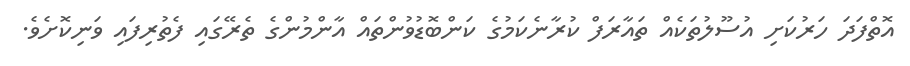
އޮތްފަދަ ހަރުކަށި އުސޫލުތަކެއް ތައާރަފް ކުރާނެކަމުގެ ކަންބޮޑުވުންތައް އާންމުންގެ ތެރޭގައި ފެތުރިފައި ވަނިކޮށެވެ.